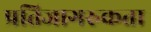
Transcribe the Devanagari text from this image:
प्रतिजागरुकता